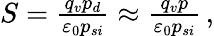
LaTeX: \begin{array}{r}{S=\frac{q_{v}p_{d}}{{\varepsilon}_{0}p_{si}}\approx\frac{q_{v}p}{{\varepsilon}_{0}p_{si}}\, ,}\end{array}